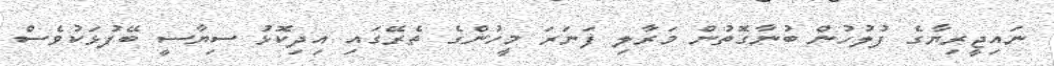
ނައިޖީރިޔާގެ ފުލުހުން ބުނާގޮތުން މަރާލި ފަނަރަ މީހުންގެ ތެރޭގައި އިދިކޮޅު ސިޔާސީ ބޭފުޅަކުވެސް